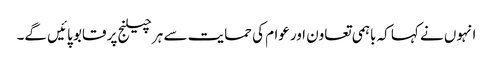
انہوں نے کہا کہ باہمی تعاون اورعوام کی حمایت سے ہر چیلنج پر قابو پائیں گے۔